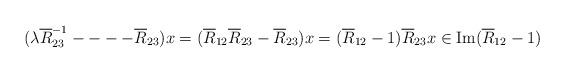
LaTeX: \begin{align*}(\lambda \overline{R}_{23}^{-1}- - --\overline{R}_{23})x=(\overline{R}_{12}\overline{R}_{23}-\overline{R}_{23})x=(\overline{R}_{12}-1)\overline{R}_{23}x\in \mbox{Im}(\overline{R}_{12}-1)\end{align*}